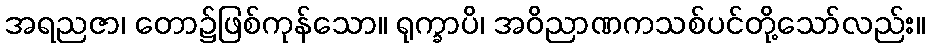
အရညဇာ၊ တော၌ဖြစ်ကုန်သော။ ရုက္ခာပိ၊ အဝိညာဏကသစ်ပင်တို့သော်လည်း။